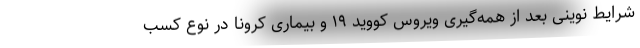
شرایط نوینی بعد از همه‌گیری ویروس کووید ۱۹ و بیماری کرونا در نوع کسب